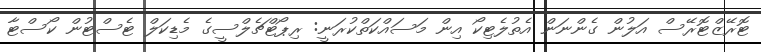
ޓޮރޭޒްޓޮރޭސް އަލުން ގެންނަން އެތުލެޓިކޯ އިން މަސައްކަތްކުރަނީ: ރިޕޯޓްޗެލްސީގެ މެޑިކަލް ޓެސްޓުން ކޯސްޓާ